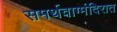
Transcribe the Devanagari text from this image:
समर्थवाग्मंदिरात